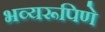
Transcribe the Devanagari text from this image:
भव्यरूपिणे